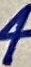
Text: 4